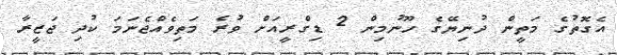
އެގޮތުގެ މަތީން ދުނިޔޭގެ ހޫނުމިން 2 ޑިގްރީއަށް ވުރެ މަތިވެއްޖެނަމަ ކުދި ޖަޒީރާ